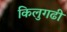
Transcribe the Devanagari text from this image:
किलुगढी